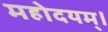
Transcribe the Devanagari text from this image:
महोदयम्।